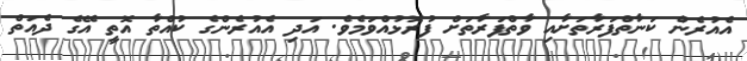
އެއުރެން ކަނާތްފަރާތަށާއި ވާތްފަރާތަށް ފުުރޮޅުއްވަމެވެ. އަދި އެއުރެންގެ ކުއްތާ އޮތީ އޭގެ ދެއަތް